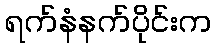
ရက်နံနက်ပိုင်းက